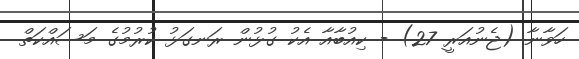
ހަވާނާ (ޖެނުއަރީ 27) - ކިއުބާއާ އެކު ގުޅުން ރަނގަޅު ކުރުމުގެ މަސައްކަތް